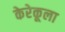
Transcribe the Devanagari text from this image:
केरेकूला